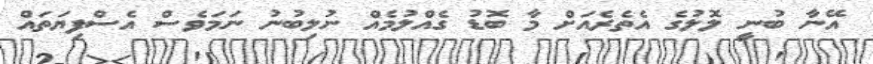
އޭނާ ބުނީ ލޮލުގެ އެތެރެއަށް މާ ބޮޑު ގެއްލުމެއް ނުލިބުނު ނަމަވެސް އެސްފިޔަތައް